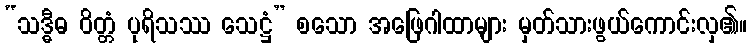
“သဒ္ဓီဓ ဝိတ္တံ ပုရိသဿ သေဋ္ဌံ” စသော အဖြေဂါထာများ မှတ်သားဖွယ်ကောင်းလှ၏။